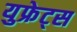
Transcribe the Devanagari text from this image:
युफ्रेट्स